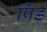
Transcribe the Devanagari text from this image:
पिंड़